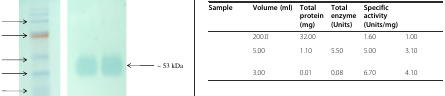
<table><thead><tr><td><b>Sample</b></td><td><b>Volume (ml)</b></td><td><b>Total protein (mg)</b></td><td><b>Total enzyme (Units)</b></td><td><b>Specific activity (Units/mg)</b></td><td>[EMPTY_CELL]</td></tr></thead><tbody><tr><td>[EMPTY_CELL]</td><td>200.0</td><td>32.00</td><td>[EMPTY_CELL]</td><td>1.60</td><td>1.00</td></tr><tr><td>[EMPTY_CELL]</td><td>5.00</td><td>1.10</td><td>5.50</td><td>5.00</td><td>3.10</td></tr><tr><td>[EMPTY_CELL]</td><td>3.00</td><td>0.01</td><td>0.08</td><td>6.70</td><td>4.10</td></tr></tbody></table>